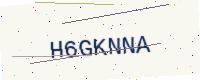
Text: H6GKNNA